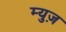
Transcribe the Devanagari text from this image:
म्युज़